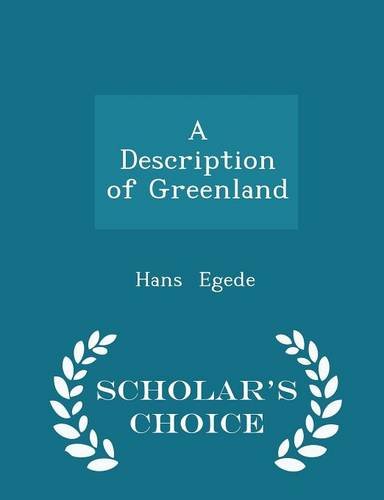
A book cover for A Description of Greenland - Scholar's Choice Edition; Hans Egede; History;